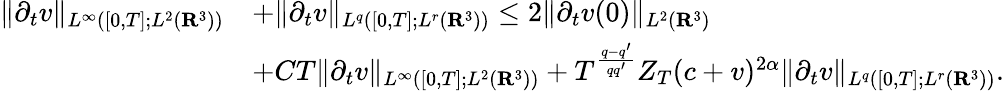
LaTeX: \begin{array}{rl}{\| \partial_{t}v\| _{L^{\infty}([0,T];L^{2}({\mathbf R}^{3}))}}&{+\| \partial_{t}v\| _{L^{q}([0,T];L^{r}({\mathbf R}^{3}))}\leq 2\| \partial_{t}v(0)\| _{L^{2}({\mathbf R}^{3})}}\\ &{+CT\| \partial_{t}v\| _{L^{\infty}([0,T];L^{2}({\mathbf R}^{3}))}+T^{\frac{q-q^{\prime}}{qq^{\prime}}}Z_{T}(c+v)^{2\alpha}\| \partial_{t}v\| _{L^{q}([0,T];L^{r}({\mathbf R}^{3}))}.}\end{array}